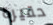
حقيرة